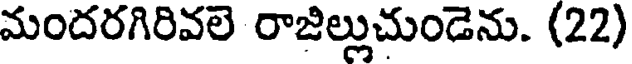
మందరగిరివలె రాజిల్లుచుండెను. (22)